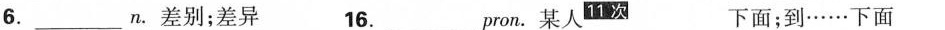
6.___n.差别；差异 16.___pron.某人^{11次} 下面；到……下面